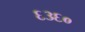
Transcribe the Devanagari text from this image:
६३६०